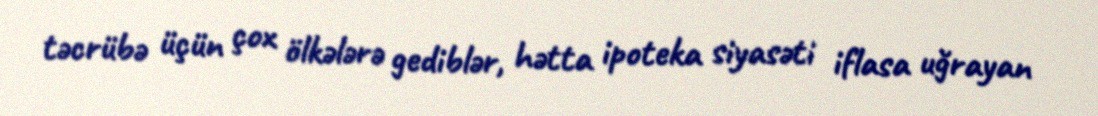
təcrübə üçün çox ölkələrə gediblər, hətta ipoteka siyasəti iflasa uğrayan